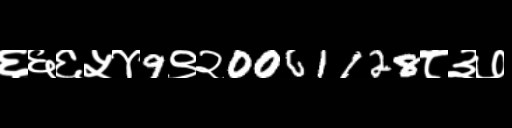
Text: ६६६५४9९२0061128८३७